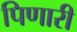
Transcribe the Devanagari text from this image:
पिणारी